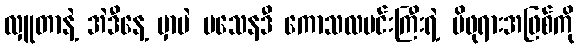
လှူတာနဲ့ အဲဒီနေ့ မှာပဲ ပသေနဒီ ကောသလမင်းကြီးရဲ့ မိဖုရားအဖြစ်ကို